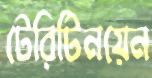
টেরিটিনয়েন